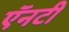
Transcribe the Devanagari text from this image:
ऍनटी